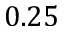
0 . 2 5